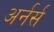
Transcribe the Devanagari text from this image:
अर्नर्स